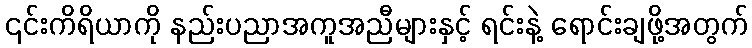
၎င်းကိရိယာကို နည်းပညာအကူအညီများနှင့် ရင်းနဲ့ ရောင်းချဖို့အတွက်